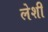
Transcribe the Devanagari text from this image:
लेशी